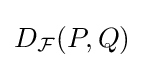
D_{\mathcal {F}}(P,Q)